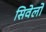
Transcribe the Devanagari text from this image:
सिवेलो